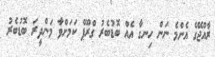
ރާއްޖޭގެ އެންމެ ނަން ހިނގާ އެއް ބޮޑުބެރު ގްރޫޕް ކަމަށްވާ މަންދީރަ ބޮޑުބެރު